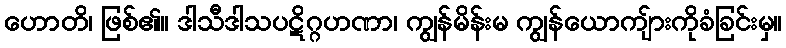
ဟောတိ၊ ဖြစ်၏။ ဒါသီဒါသပဋိဂ္ဂဟဏာ၊ ကျွန်မိန်းမ ကျွန်ယောကျ်ားကိုခံခြင်းမှ။